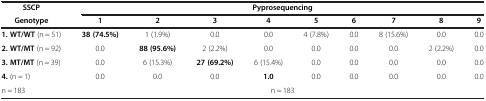
<table><thead><tr><td><b>SSCP</b></td><td colspan="9"><b>Pyprosequencing</b></td></tr><tr><td><b>Genotype</b></td><td><b>1</b></td><td><b>2</b></td><td><b>3</b></td><td><b>4</b></td><td><b>5</b></td><td><b>6</b></td><td><b>7</b></td><td><b>8</b></td><td><b>9</b></td></tr></thead><tbody><tr><td><b>1. WT/WT</b> (n = 51)</td><td><b>38 (74.5%)</b></td><td>1 (1.9%)</td><td>0.0</td><td>0.0</td><td>4 (7.8%)</td><td>0.0</td><td>8 (15.6%)</td><td>0.0</td><td>0.0</td></tr><tr><td><b>2. WT/MT</b> (n = 92)</td><td>0.0</td><td><b>88 (95.6%)</b></td><td>2 (2.2%)</td><td>0.0</td><td>0.0</td><td>0.0</td><td>0.0</td><td>2 (2.2%)</td><td>0.0</td></tr><tr><td><b>3. MT/MT</b> (n = 39)</td><td>0.0</td><td>6 (15.3%)</td><td><b>27 (69.2%)</b></td><td>6 (15.4%)</td><td>0.0</td><td>0.0</td><td>0.0</td><td>0.0</td><td>0.0</td></tr><tr><td><b>4.</b> (n = 1)</td><td>0.0</td><td>0.0</td><td>0.0</td><td><b>1.0</b></td><td>0.0</td><td>0.0</td><td>0.0</td><td>0.0</td><td>0.0</td></tr><tr><td>n = 183</td><td colspan="9">n = 183</td></tr></tbody></table>